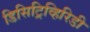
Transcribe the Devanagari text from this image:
डिसिट्रिव्हिरिडी